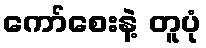
ကော်စေးနဲ့ တူပုံ